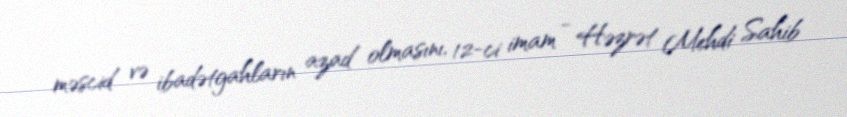
məscid və ibadətgahların azad olmasını, 12-ci imam - Həzrət Mehdi Sahib